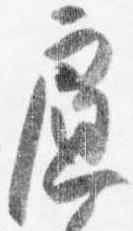
慮